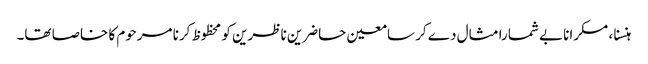
ہنسنا ، مسکرانا بے شمارا مثال دے کر سامعین حاضرین ناظرین کو محظوظ کرنا مرحوم کا خاصا تھا۔